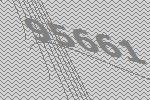
95661